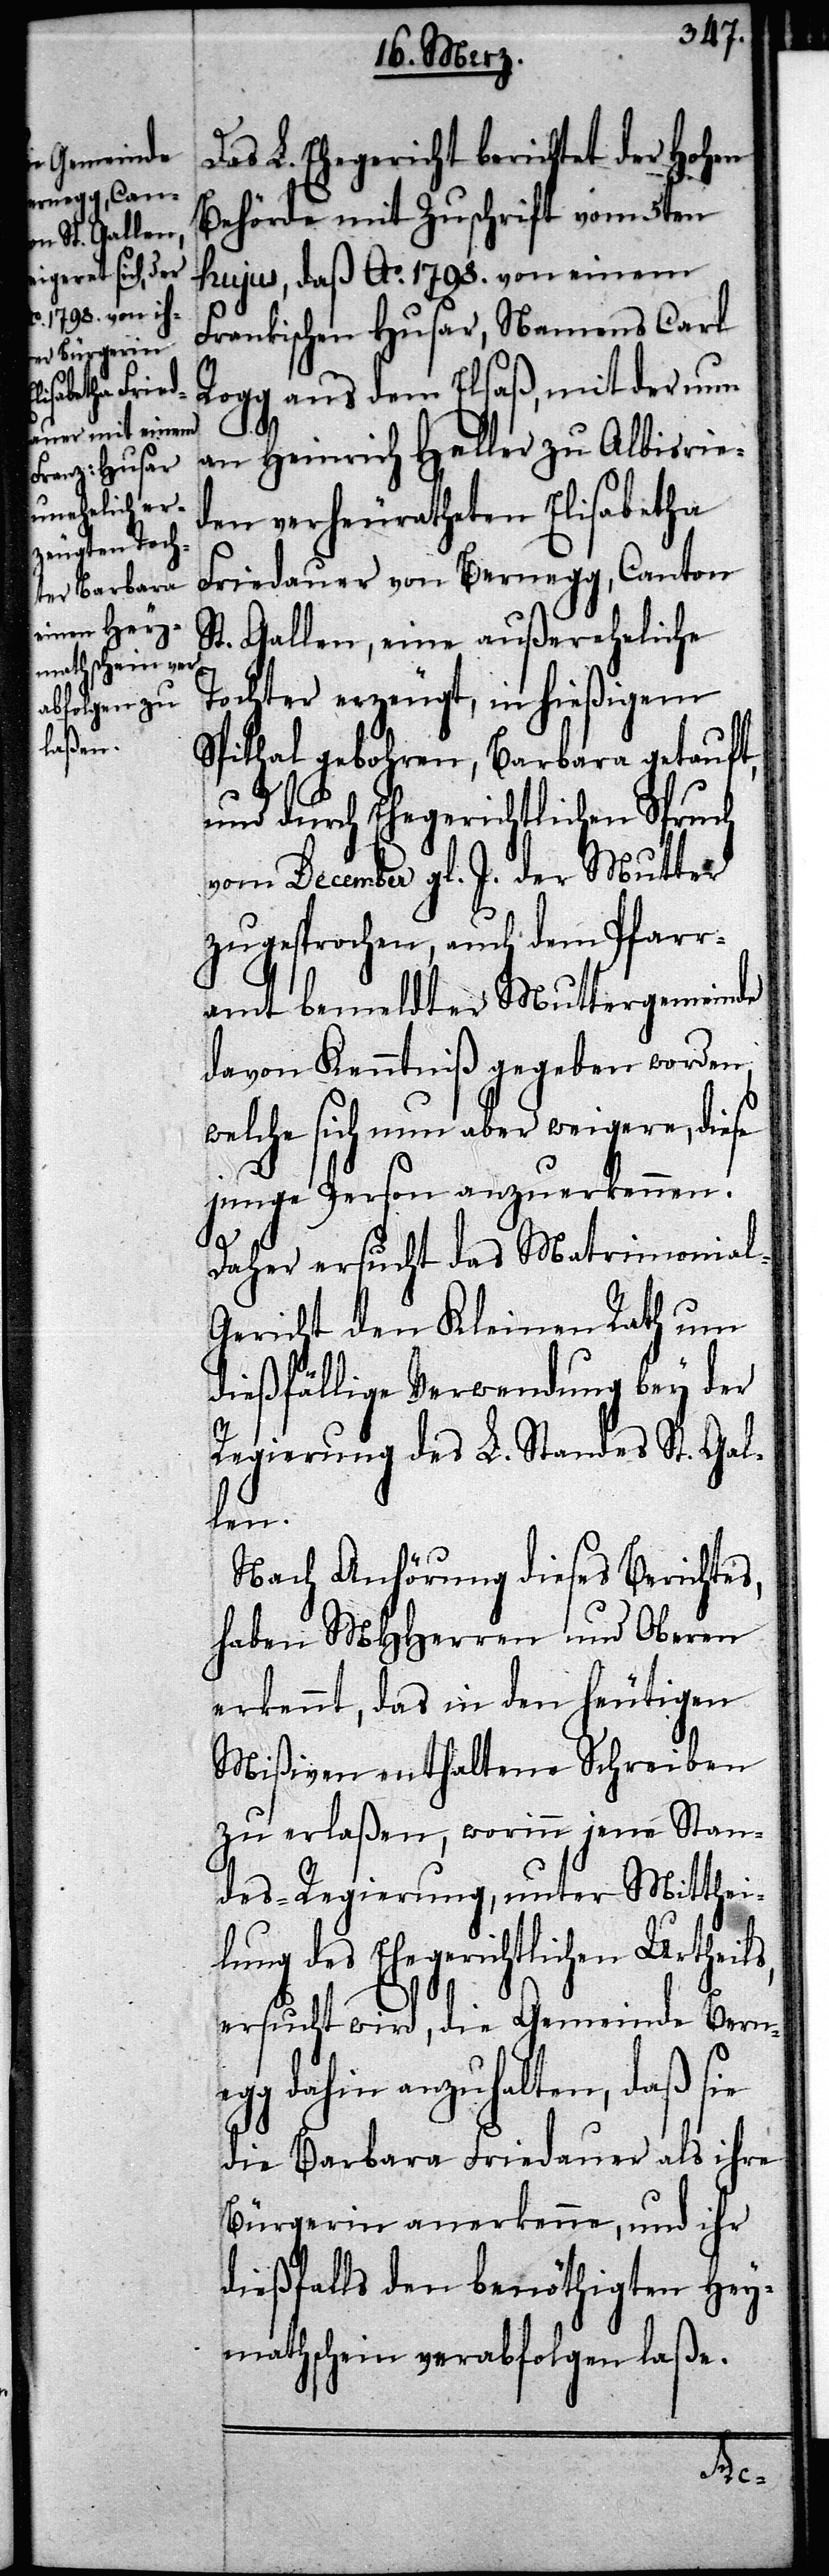
Das L. Ehegericht berichtet der Hohen
Behörde mit Zuschrift vom 5ten
hujus, daß Ao. 1798. von einem
Frankischen Husar, Namens Carl
Rogg aus dem Elsaß, mit der nun
an Heinrich Heller zu Albisrie¬
den verheuratheten Elisabetha
Friedauer von Bernegg, Canton
St. Gallen, eine außereheliche
Tochter gebohren, Barbara getauft,
und durch Ehegerichtlichen Spruch
vom December gl. J. der Mutter
zugesprochen, auch dem Pfarr¬
amt bemeldter Muttergemeinde
davon Kenntniß gegeben worden,
welche sich nun aber weigere, diese
junge Person anzuerkennen.
Daher ersucht das Matrimonial-G¬
ericht den Kleinen Rath um
dießfällige Verwendung bey der
Regierung des L. Standes St. Gal¬
len.
Nach Anhörung dieses Berichtes,
haben MHHerren und Oberen
erkennt, das in den heutigen
Mißiven enthaltene Schreiben
zu erlaßen, worinn jene Stan¬
des-Regierung, unter Mittheil¬
ung des Ehegerichtlichen
ersucht wird, die Gemeinde Berne¬
gg dahin anzuhalten, daß sie
die Barbara Friedauer als ihre
Bürgerin anerkenne, und ihr
dießfalls den benöthigten Hey¬
mathschein verabfolgen laße.